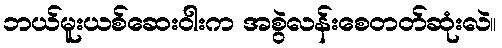
ဘယ်မူးယစ်ဆေးဝါးက အစွဲလန်းစေတတ်ဆုံးလဲ။